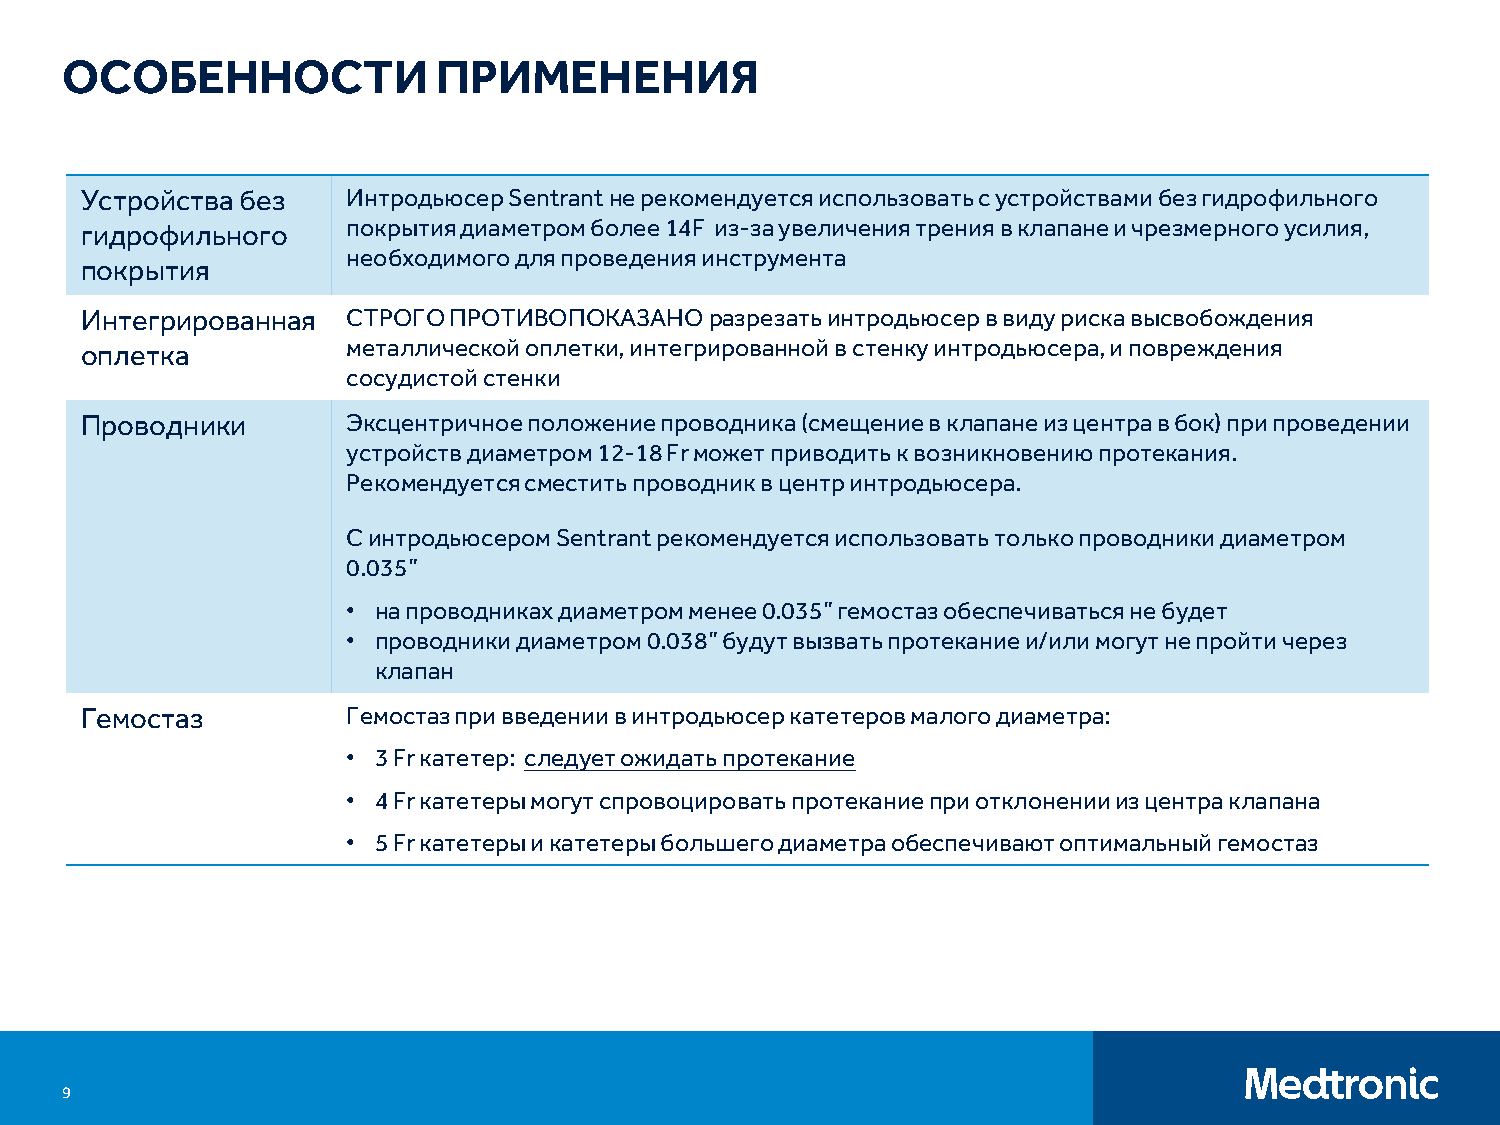
ОСОБЕННОСТИ              ПРИМЕНЕНИЯ
 Устройства без    Интродьюсер Sentrant не рекомендуется использовать с устройствами без гидрофильного
 гидрофильного     покрытия диаметром более 14F из-за увеличения трения в клапане и чрезмерного усилия,
 необходимого для проведения инструмента
 покрытия
 Интегрированная   СТРОГО ПРОТИВОПОКАЗАНО  разрезать интродьюсер в виду риска высвобождения
 оплетка           металлической оплетки, интегрированной в стенку интродьюсера, и повреждения
 сосудистой стенки
 Проводники        Эксцентричное положение проводника (смещение в клапане из центра в бок) при проведении
 устройств диаметром 12-18 Fr может приводить к возникновению протекания.
 Рекомендуется сместить проводник в центр интродьюсера.
 С интродьюсером Sentrant рекомендуется использовать только проводники диаметром
 0.035”
 • на проводниках диаметром менее 0.035” гемостаз обеспечиваться не будет
 • проводники диаметром 0.038” будут вызвать протекание и/или могут не пройти через
 клапан
 Гемостаз          Гемостаз при введении в интродьюсер катетеров малого диаметра:
 • 3 Fr катетер: следует ожидать протекание
 • 4 Fr катетеры могут спровоцировать протекание при отклонении из центра клапана
 • 5 Fr катетеры и катетеры большего диаметра обеспечивают оптимальный гемостаз
 9